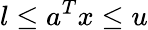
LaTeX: l\leq a^{T}x\leq u